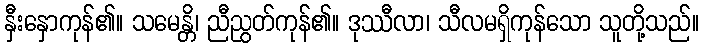
နှီးနှောကုန်၏။ သမေန္တိ၊ ညီညွတ်ကုန်၏။ ဒုဿီလာ၊ သီလမရှိကုန်သော သူတို့သည်။